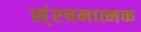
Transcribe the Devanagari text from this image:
स्ंरचनात्मक